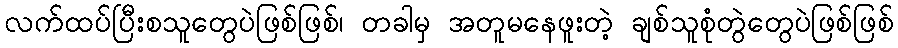
လက်ထပ်ပြီးစသူတွေပဲဖြစ်ဖြစ်၊ တခါမှ အတူမနေဖူးတဲ့ ချစ်သူစုံတွဲတွေပဲဖြစ်ဖြစ်